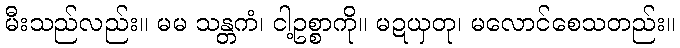
မီးသည်လည်း။ မမ သန္တကံ၊ ငါ့ဥစ္စာကို။ မဍယှတု၊ မလောင်စေသတည်း။